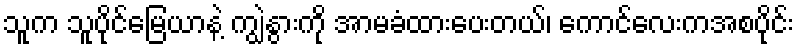
သူက သူပိုင်မြေယာနဲ့ ကျွဲနွားကို အာမခံထားပေးတယ်၊ ကောင်လေးကအစပိုင်း